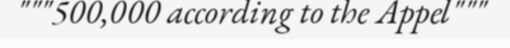
"""500,000 according to the Appel"""